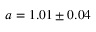
a = 1 . 0 1 \pm 0 . 0 4